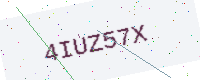
Text: 4IUZ57X